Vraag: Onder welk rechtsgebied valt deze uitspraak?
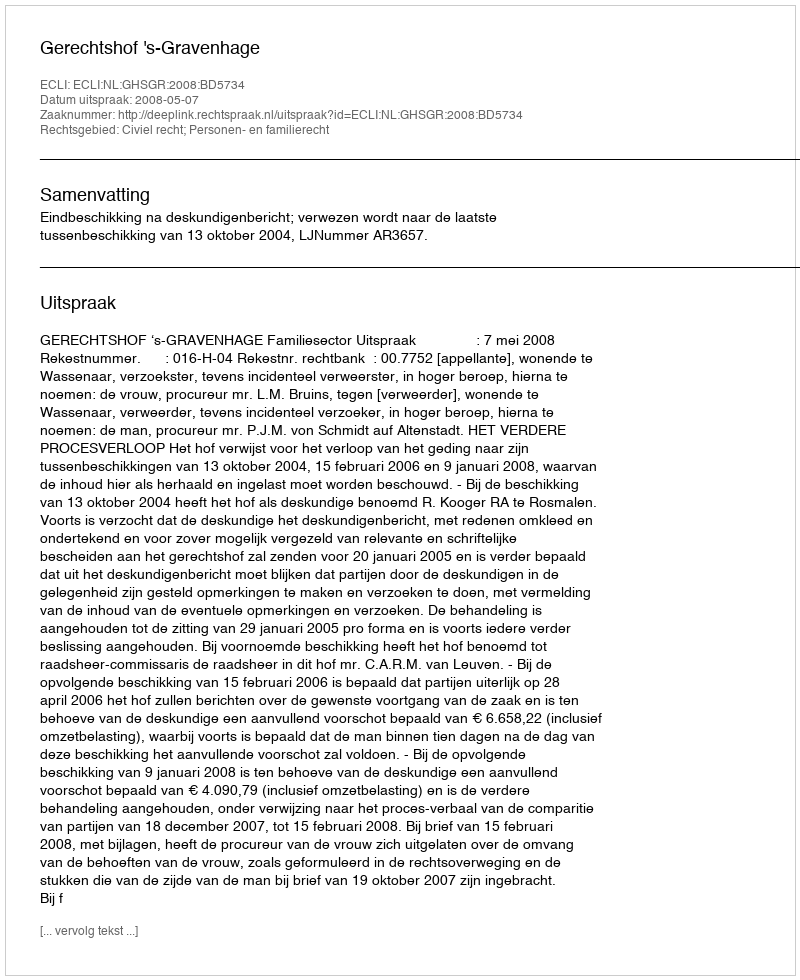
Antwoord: Civiel recht; Personen- en familierecht